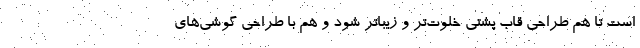
است تا هم طراحی قاب پشتی خلوت‌تر و زیباتر شود و هم با طراحی گوشی‌های